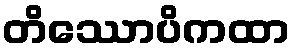
တိဿောပိကထာ